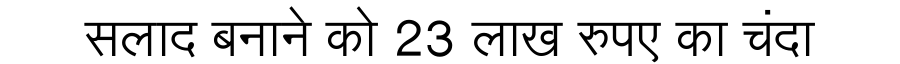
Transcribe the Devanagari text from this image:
सलाद बनाने को 23 लाख रुपए का चंदा